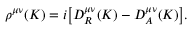
\rho ^ { \mu \nu } ( K ) = i \big [ D _ { R } ^ { \mu \nu } ( K ) - D _ { A } ^ { \mu \nu } ( K ) \big ] .